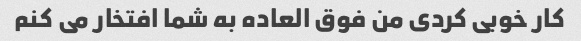
کار خوبی کردی من فوق العاده به شما افتخار می کنم